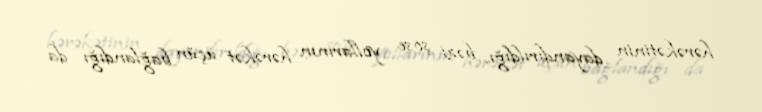
hərəkətinin dayandırıldığı, bəzi şose yollarının hərəkət üçün bağlandığı da